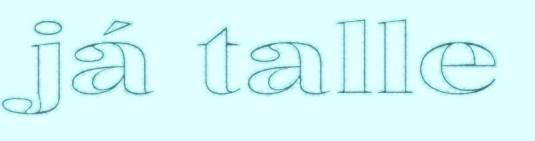
já talle